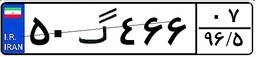
۵۰گ۴۶۶۰۷